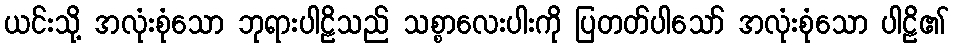
ယင်းသို့ အလုံးစုံသော ဘုရားပါဠိသည် သစ္စာလေးပါးကို ပြတတ်ပါသော် အလုံးစုံသော ပါဠိ၏